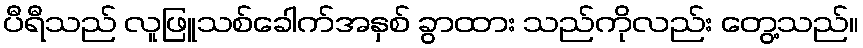
ပီရီသည် လူဖြူသစ်ခေါက်အနှစ် ခွာထား သည်ကိုလည်း တွေ့သည်။